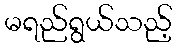
မရည်ရွယ်သည့်